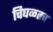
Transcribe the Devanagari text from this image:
चिघळतच